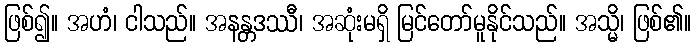
ဖြစ်၍။ အဟံ၊ ငါသည်။ အနန္တဒဿီ၊ အဆုံးမရှိ မြင်တော်မူနိုင်သည်။ အသ္မိ၊ ဖြစ်၏။